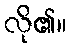
လို၏။